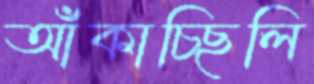
আঁকাচ্ছিলি